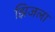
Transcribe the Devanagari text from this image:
झिजला